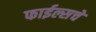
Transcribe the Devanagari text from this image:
फाईल्सचे